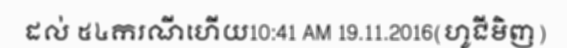
ដល់ ៥៤ករណីហើយ10:41 AM 19.11.2016(ហូជីមិញ)